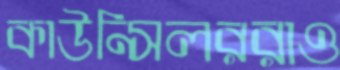
কাউন্সিলররাও